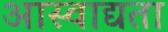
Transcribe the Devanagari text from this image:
आस्वाद्यता